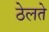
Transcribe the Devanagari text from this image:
ठेलते